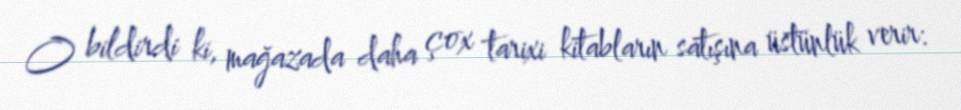
O bildirdi ki, mağazada daha çox tarixi kitabların satışına üstünlük verir: